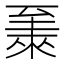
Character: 𫇏